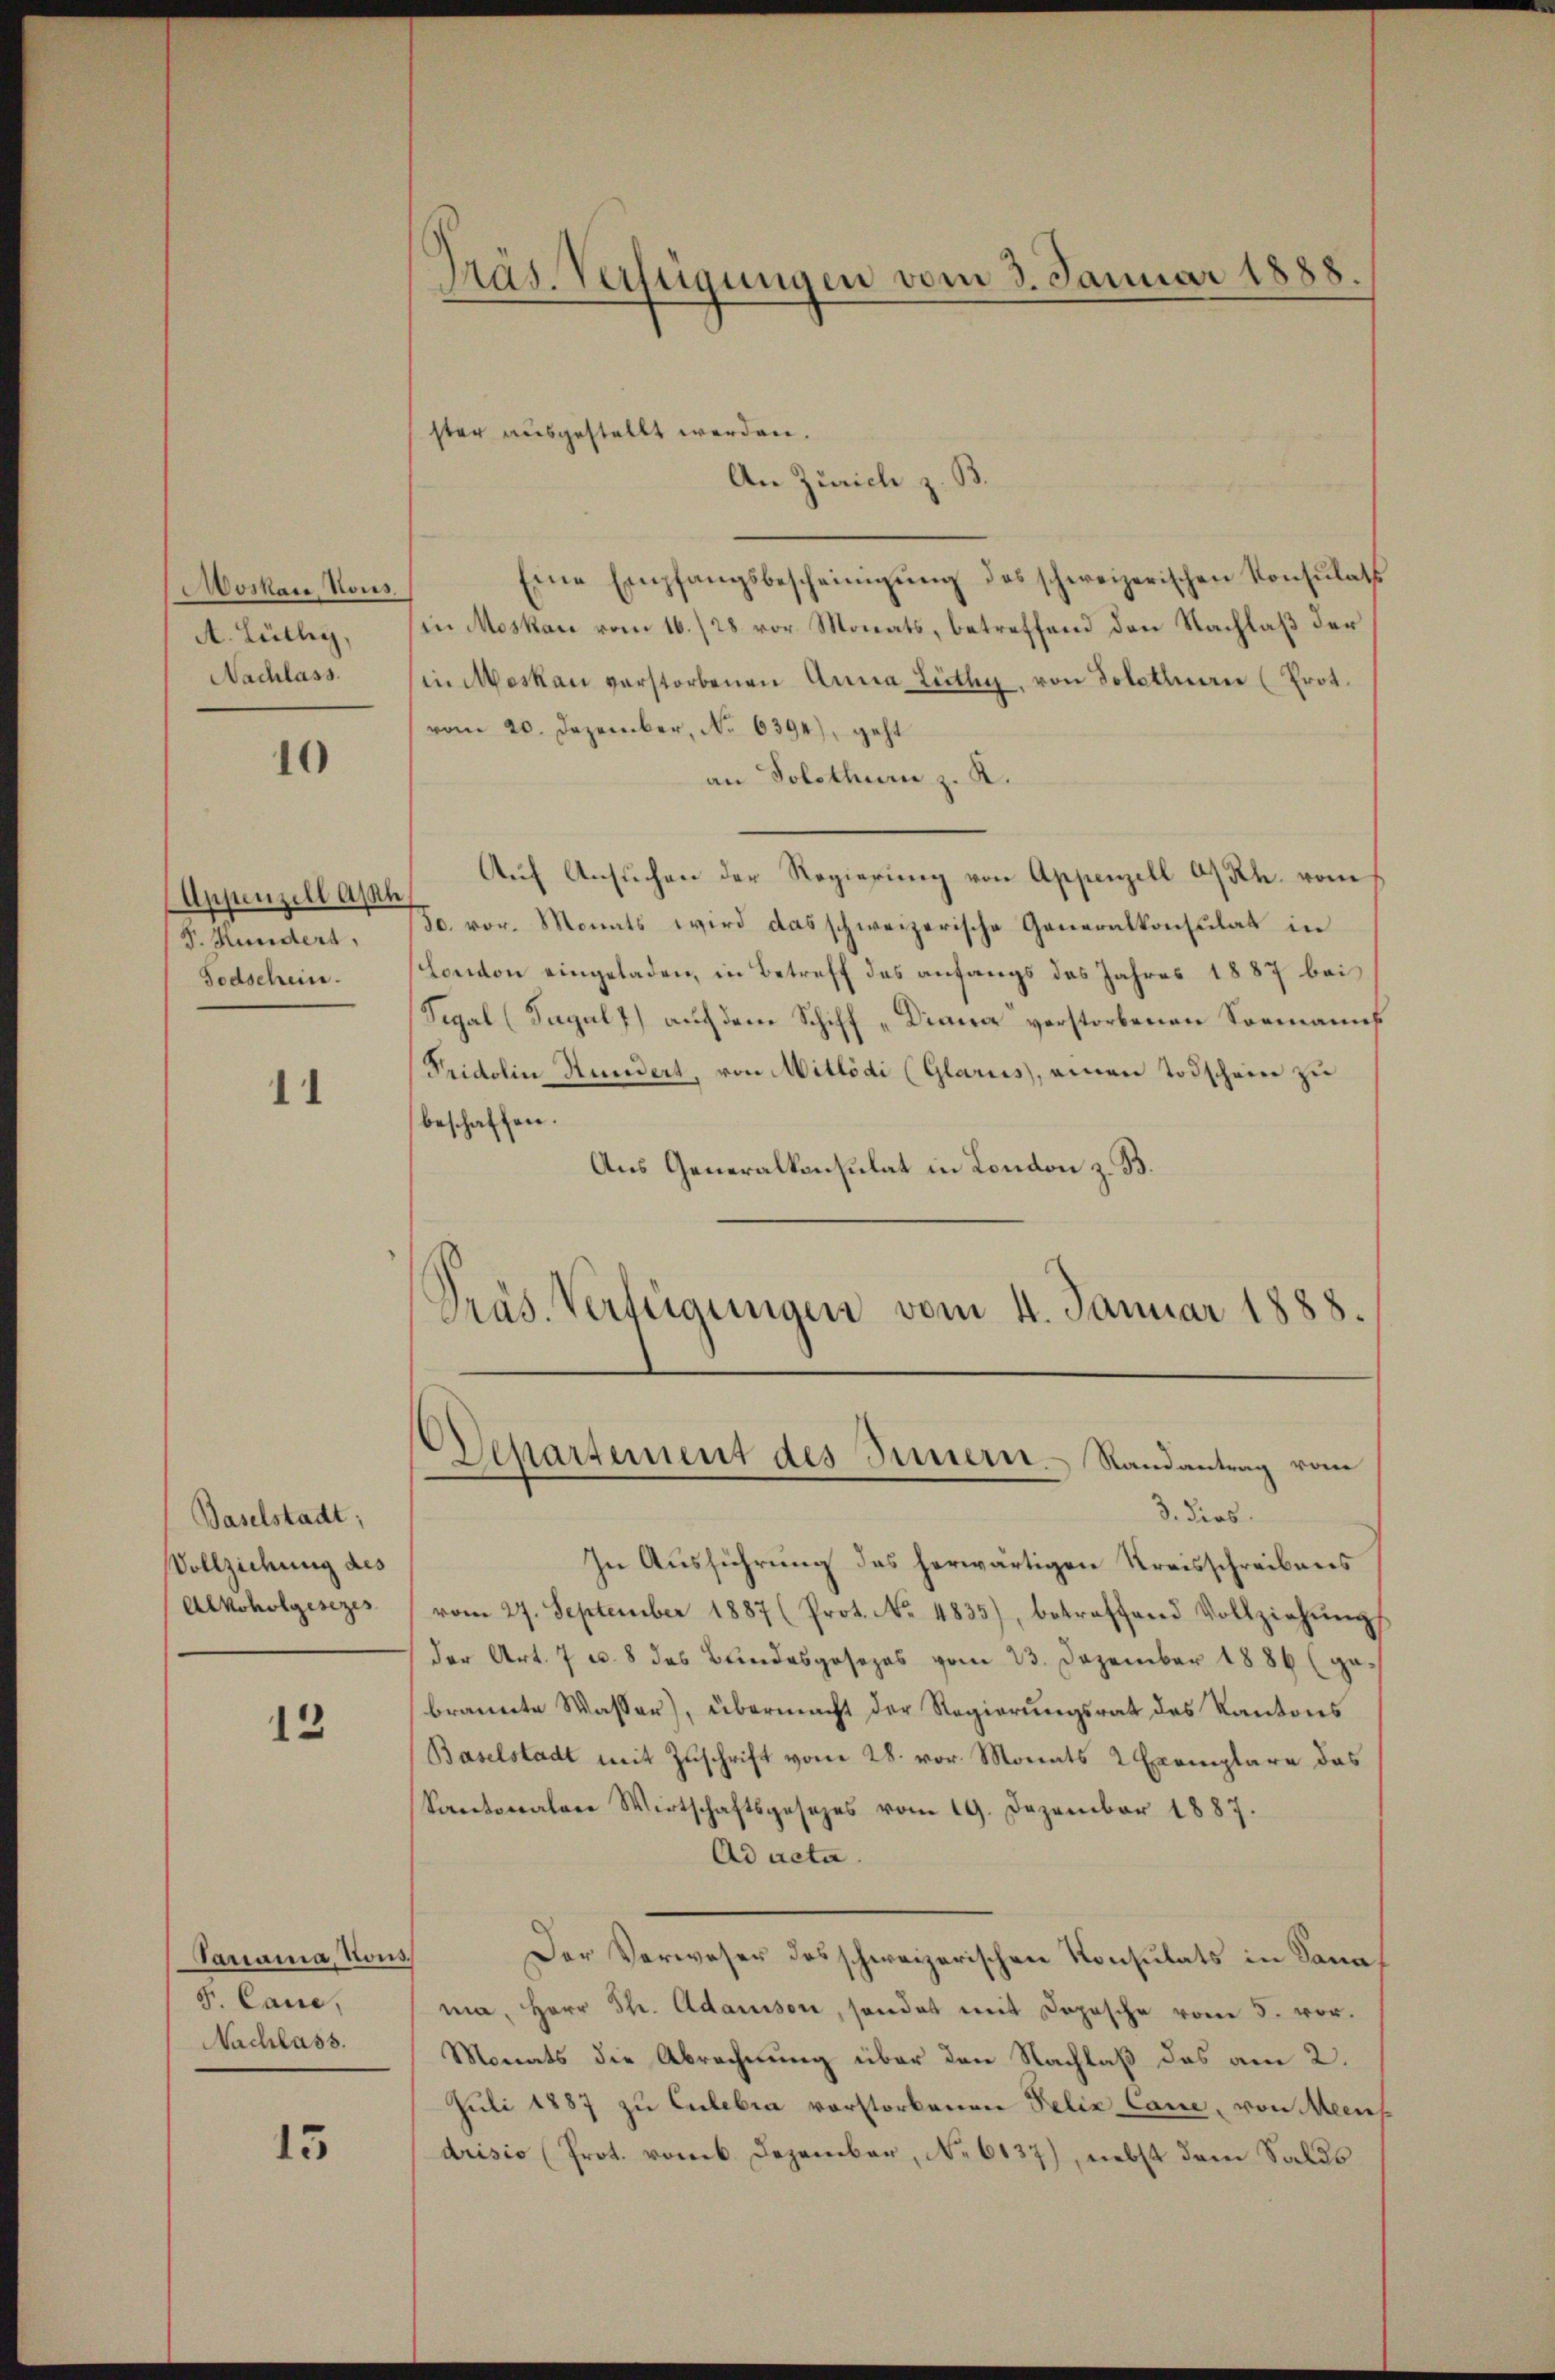
oskau Hous
A. Lüthig,
Nachlass

10

Appenzell Apth
S. Hundert,
Todschein.

11

Baselstadt;
Vollziehung des
Alkoholgesezes

13

An Zürich z. B.
Eine Empfangsbescheinigŭng des schweizerischen Konsulats
in Moskau vom 16./28 vor. Monats, betreffend den Nachlaß der
in Moskau verstorbenen Anna Lüthy, von Solothurn (Prot.
vom 20. Dezember, No 6394), geht
an Solothurn z. R.
Auf Ansuchen der Regierung von Appenzell a/Rh. vom
o. vor. Monats wird das schweizerische Generalkonsulat in
London eingeladen, in Betreff des anfangs das Jahres 1887 bei
Segal (Tagal 7) auf dem Schiff „Diana verstorbenen Formanns
Fridolin Hundert, von Mitlödi (Glarus, einen Todschein zu
beschaffen.
Aus Generalkonsulat in London z. B.
Präs. Verfügungen vom 4. Januar 1888.

Tarama, Nous
S. Caue,
Nachlass.

15

Präs. Verfügungen vom 3. Januar 1888.

ster ausgestellt werden.

Departement des Innern. Randantrag vom
3. dies

In Ausführung des herwärtigen Kreisschreibens
vom 27. September 1887 (Prot. No. 4835), betreffend Vollziehŭng
der Art. 7 u. 8 des Bundesgesezes vom 23. Dezember 1886 (ge-
brannte Wasser), übermacht der Regierungsrat des Kantons
Baselstadt mit Zuschrift vom 28. vor. Monats 2 Exemplare das
Kantonalen Wirtschaftsgesezes vom 19. Dezember 1887.
Ad acta.
Der Verweser des schweizerischen Konsulats in Sanama, Herr Str. Adamsson, sonder mit Dopische vom 5. vor.
Monats die Abrechnung über den Nachlaß das am 2.
Juli 1887 zu Eulebra vorstorbenen Felix Caue, von Mein
drisio (Prot. vom 6. Dezember, No 6137), nebst dem Salds